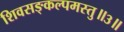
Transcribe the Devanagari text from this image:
शिवसङ्कल्पमस्तु॥३॥